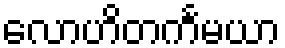
လောဟိတင်္ကမယာ